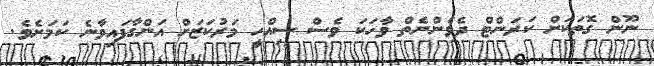
ނޫން ގޮތަކަށް ކަރަންޓް ދެވެންނެތް ވާހަކަ ވެސް ސިއްހީ މަރުކަޒަށް އަންގާފައިވާނެ ކަމަށެވެ.